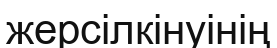
жерсілкінуінің